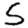
Digit: 5